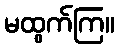
မထွက်ကြ။